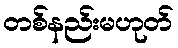
တစ်နည်းမဟုတ်